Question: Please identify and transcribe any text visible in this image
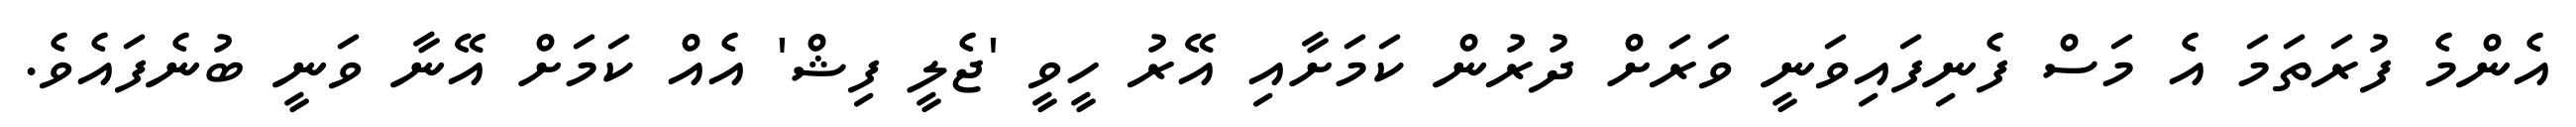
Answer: އެންމެ ފުރަތަމަ އެ މަސް ފެނިފައިވަނީ ވަރަށް ދުރުން ކަމަށާއި އޭރު ހީވީ 'ޖެލީ ފިޝް' އެއް ކަމަށް އޭނާ ވަނީ ބުނެފައެވެ.